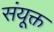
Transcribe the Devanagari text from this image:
संयूक्त